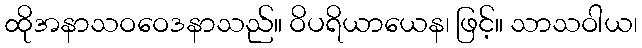
ထိုအနာသဝဝေဒနာသည်။ ဝိပရိယာယေန၊ ဖြင့်။ သာသဝါယ၊